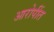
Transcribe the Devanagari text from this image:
आरोपींत